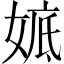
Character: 𡞖